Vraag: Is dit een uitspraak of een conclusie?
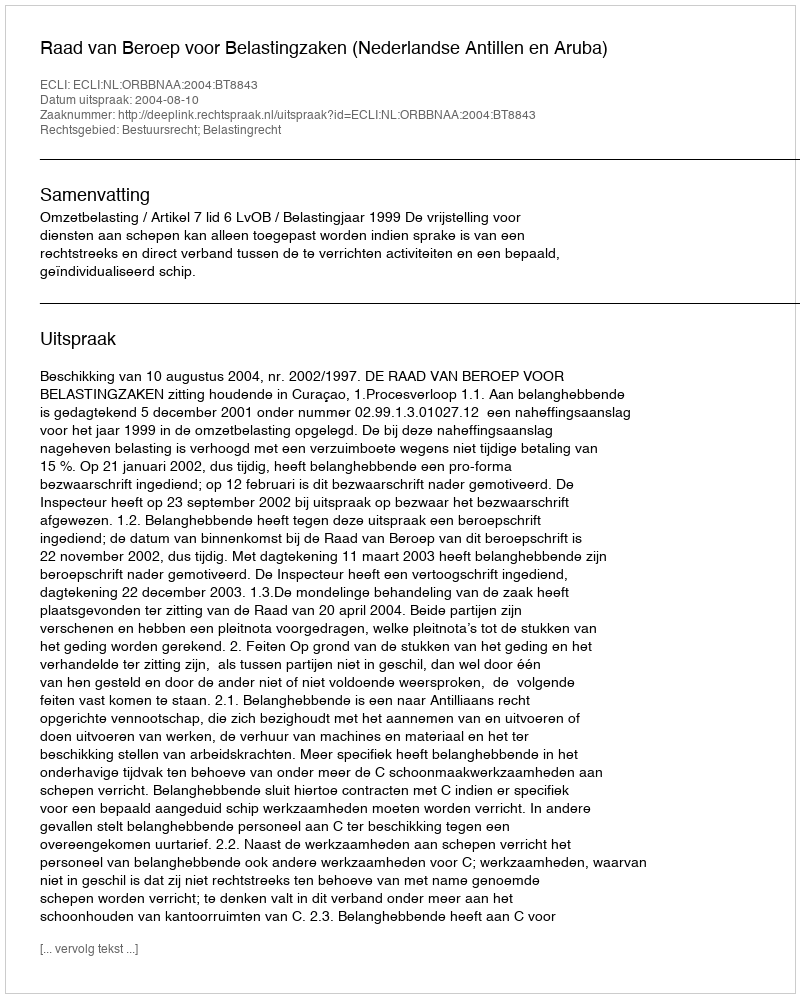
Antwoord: Uitspraak